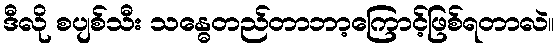
ဒီလို စပျစ်သီး သန္ဓေတည်တာဘာ့ကြောင့်ဖြစ်ရတာလဲ။